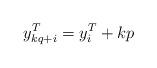
LaTeX: \begin{align*} y_{kq+i}^T= y^T_i + kp \end{align*}